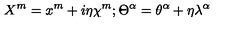
X ^ { m } = x ^ { m } + i \eta \chi ^ { m } ; \Theta ^ { \alpha } = \theta ^ { \alpha } + \eta \lambda ^ { \alpha }